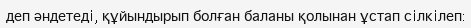
деп әндетедi, құйындырып болған баланы қолынан ұстап сiлкiлеп: